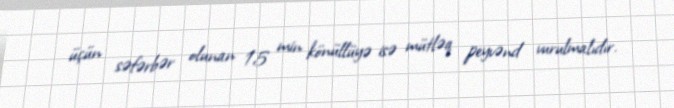
üçün səfərbər olunan 15 min könüllüyə isə mütləq peyvənd vurulmalıdır.